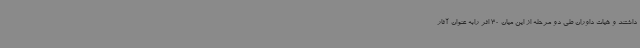
داشتند و هیات داوران طی دو مرحله از این میان 30 اثر رابه عنوان آثار